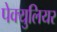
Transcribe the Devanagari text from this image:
पेक्युलियर